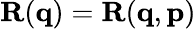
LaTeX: \mathbf{R}(\mathbf{q})=\mathbf{R}(\mathbf{q},\mathbf{p})